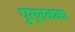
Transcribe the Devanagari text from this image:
पुस्तकका